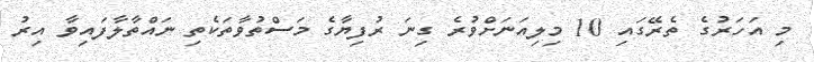
މި އަހަރުގެ ތެރޭގައި 10 މިލިއަނަށްވުރެ ގިނަ ރުފިޔާގެ މަސްތުވާތަކެތި ނައްތާލާފައިވާ އިރު